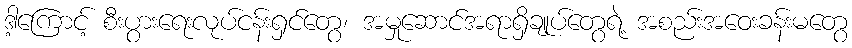
ဒါ့ကြောင့် စီးပွားရေးလုပ်ငန်းရှင်တွေ၊ အမှုဆောင်အရာရှိချုပ်တွေရဲ့ အစည်းအဝေးခန်းမတွေ